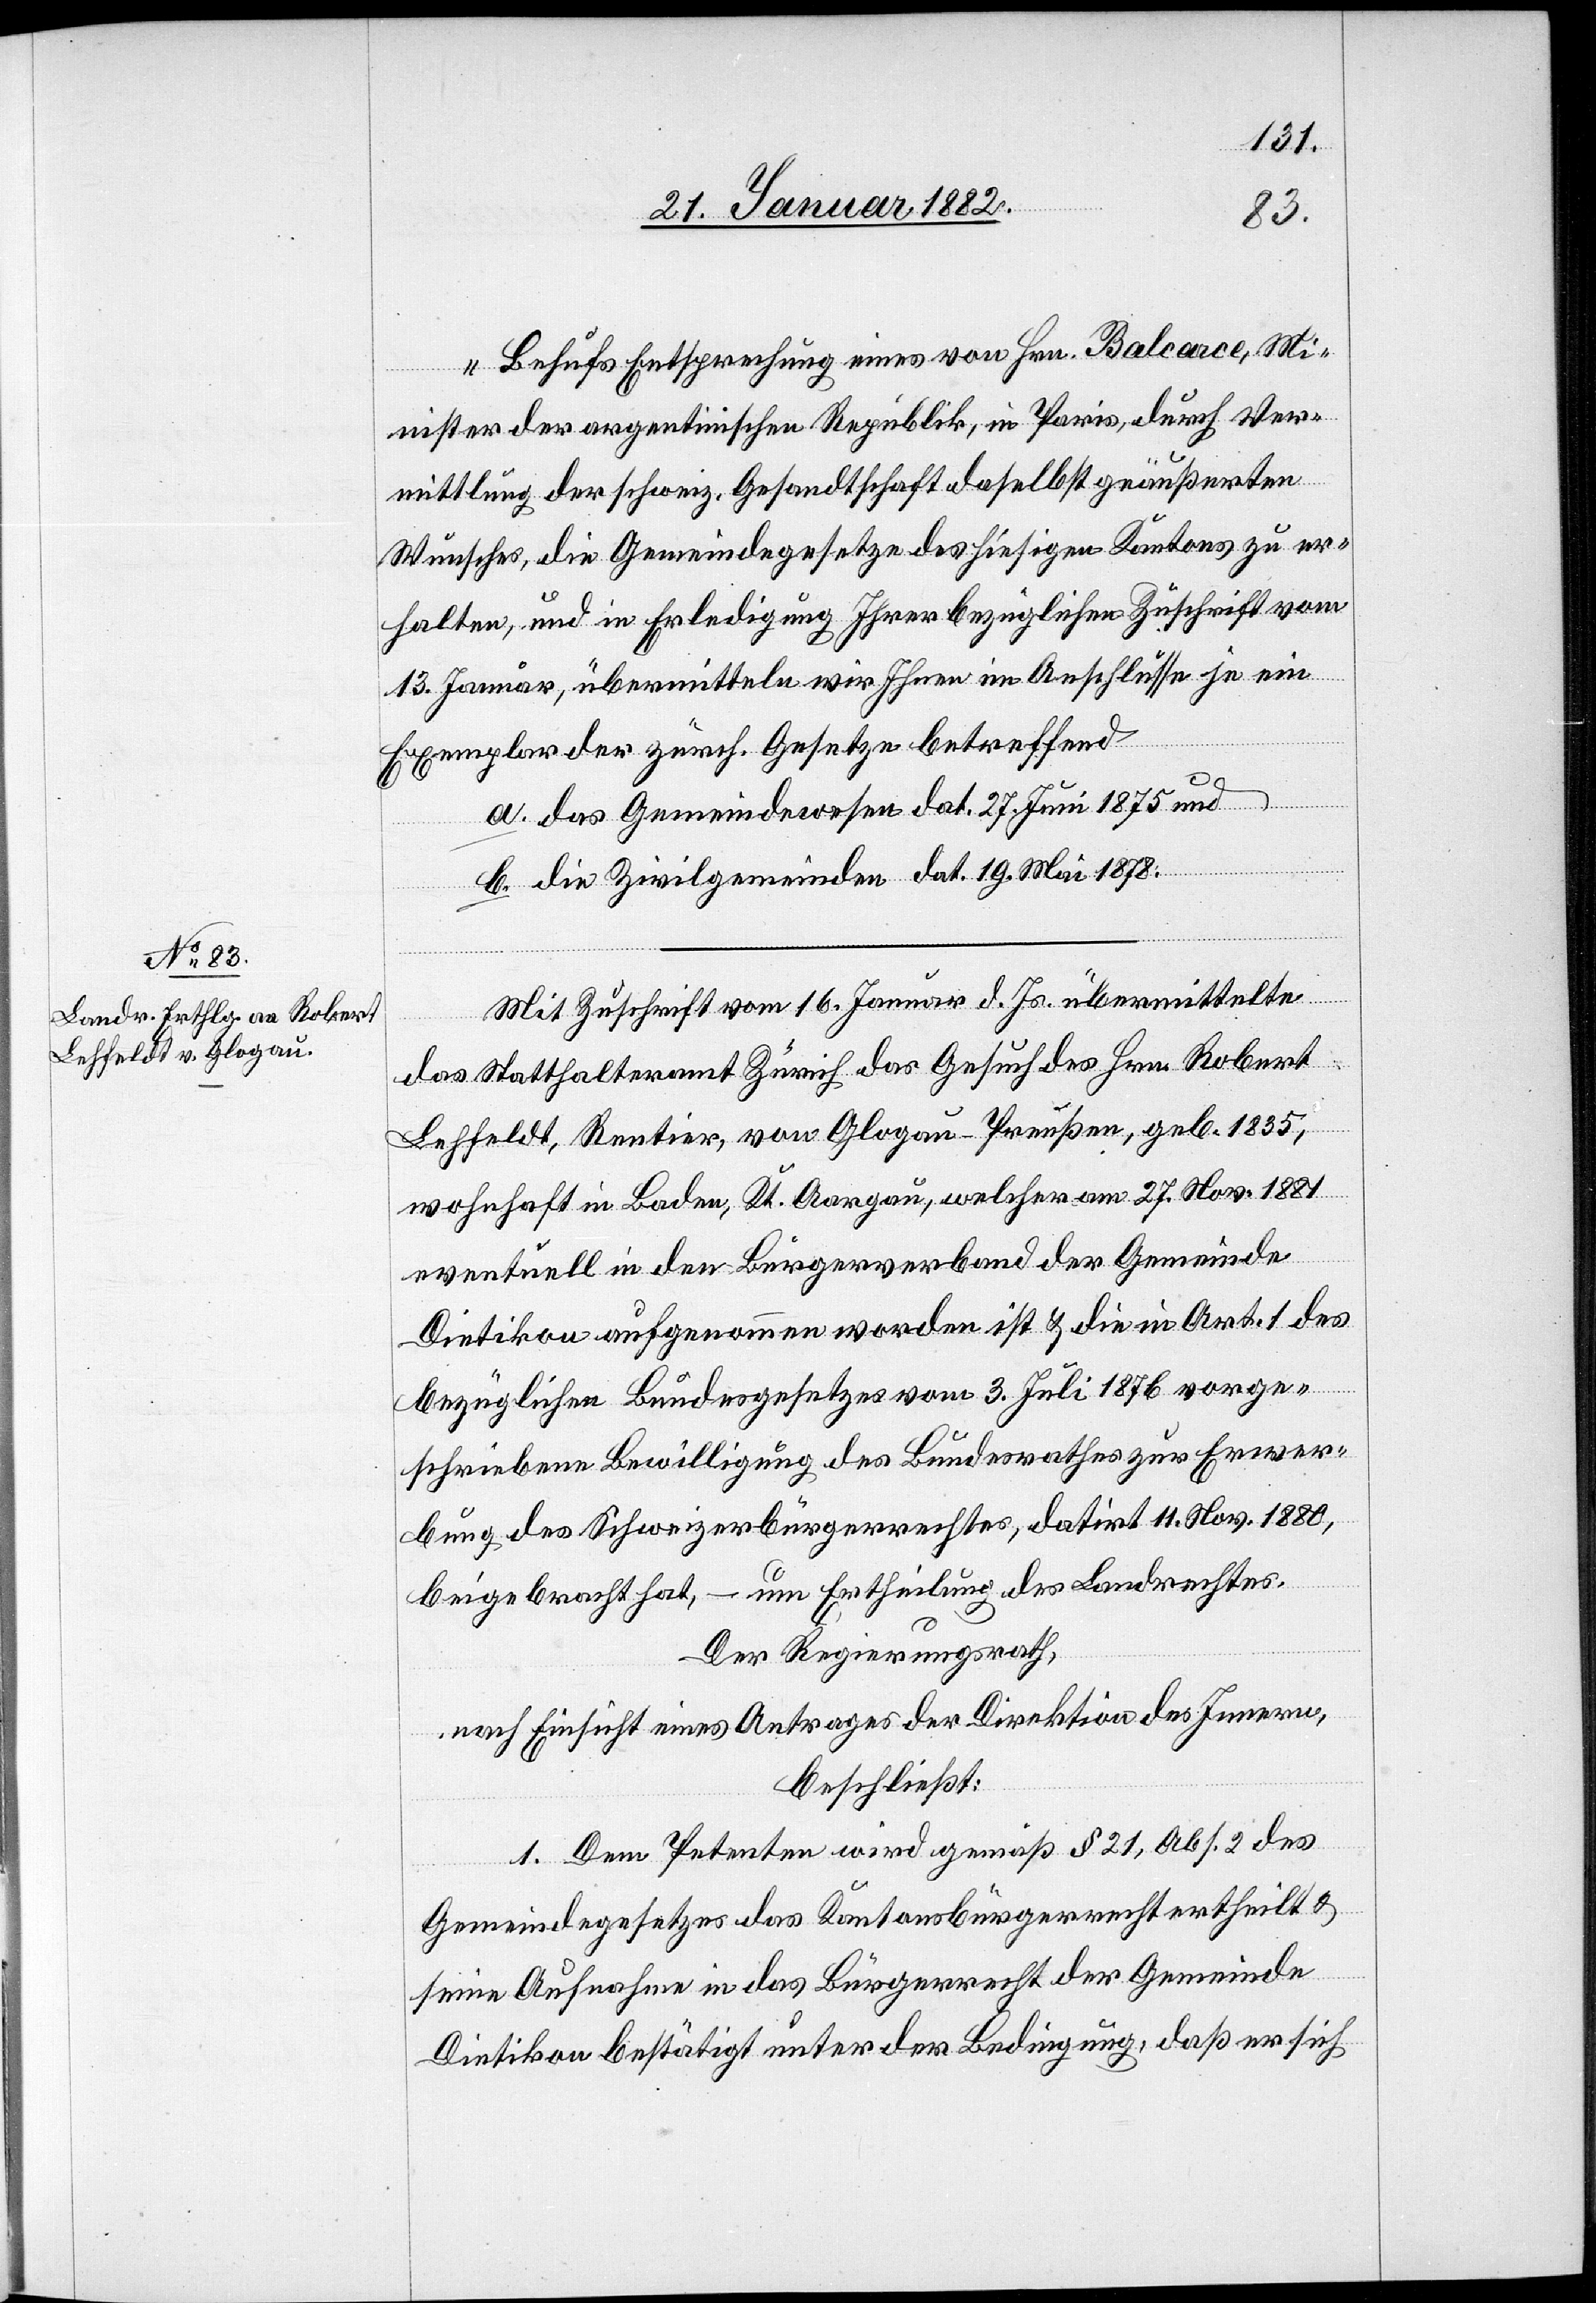
„Behufs Entsprechung eines von Hrn. Balcarce, Mi¬
nister der argentinischen Republik, in Paris, durch Ver¬
mittlung der schweiz. Gesandtschaft daselbst geäußerten
Wünsche, die Gemeindegesetze des hiesigen Kantons zu er¬
halten, und in Erledigung Ihrer bezüglichen Zuschrift vom
13. Januar, übermitteln wir Ihnen im Anschlusse je ein
Exemplar des zürch. Gesetze betreffend
a) das Gemeindewesen dat. 27. Juni 1875 und
b) die Zivilgemeinden dat. 19. Mai 1878.
Mit Zuschrift vom 16. Januar d. Js. übermittelte
das Statthalteramt Zürich das Gesuch des Hrn. Robert
Lehfeldt, Rentier, von Glogau - Preußen, geb. 1835,
wohnhaft in Baden, Kt. Aargau, welcher vom 27. Nov. 1881
eventuell in den Bürgerverband der Gemeinde
Dietikon aufgenommen worden ist & die im Art. 1 des
bezüglichen Bundesgesetzes vom 3. Juli 1876 vorge¬
schriebene Bewilligung des Bundesrathes zur Erwer¬
bung des Schweizerbürgerrechtes, datirt 11. Nov. 1880,
beigebracht hat, um Ertheilung des Landrechtes.
Der Regierungsrath,
nach Einsicht eines Antrages der Direktion des Innern,
beschließt:
1. Dem Petenten wird gemäß § 21, Abs. 2 des
Gemeindegesetzes das Kantonsbürgerrecht ertheilt &
seine Aufnahme in das Bürgerrecht der Gemeinde
Dietikon bestätigt unter der Bedingung, daß er sich